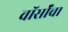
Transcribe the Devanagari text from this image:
वॉर्सॉचा